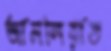
আমলিয়াত